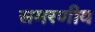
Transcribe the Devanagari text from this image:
समरणीय